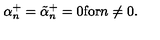
\alpha _ { n } ^ { + } = \tilde { \alpha } _ { n } ^ { + } = 0 \mathrm { f o r } n \not = 0 .